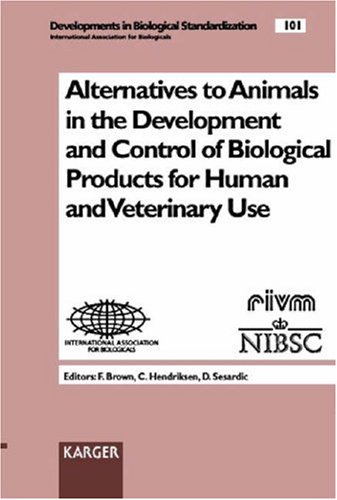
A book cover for Alternatives to Animals in the Development and Control of Biological Products for Human and Veterinary Use: Congress, London, September 1998 (Developments in Biologicals, Vol. 101); Medical Books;